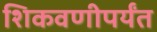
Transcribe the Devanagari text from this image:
शिकवणीपर्यंत